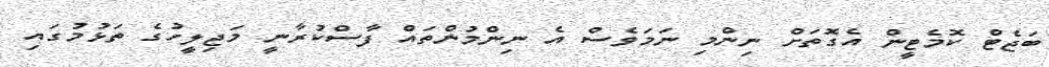
ބަޖެޓް ކޮމެޓީން އެގޮތަށް ނިންމި ނަމަވެސް އެ ނިންމުންތައް ފާސްކުރާނީ މަޖިލީހުގެ ތަޅުމުގައި